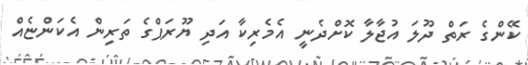
ކޭންގެ ރަތް ދޫލަ އުޖާލާ ކޮށްދެނީ އެމެރިކާ އަދި ޔޫރަޕްގެ ތަރިން އެކަންޏެއް